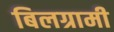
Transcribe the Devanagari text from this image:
बिलग्रामी